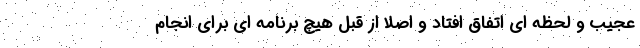
عجیب و لحظه ای اتفاق افتاد و اصلاً از قبل هیچ برنامه ای برای انجام